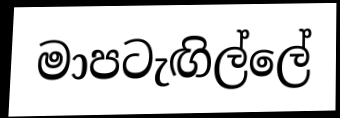
මාපටැඟිල්ලේ